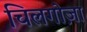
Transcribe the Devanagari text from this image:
चिलगोज़ा